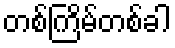
တစ်ကြိမ်တစ်ခါ